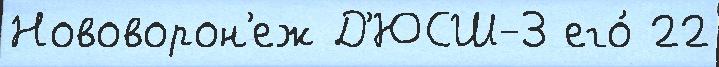
Нововорон'еж Д'ЮСШ-3 его́ 22